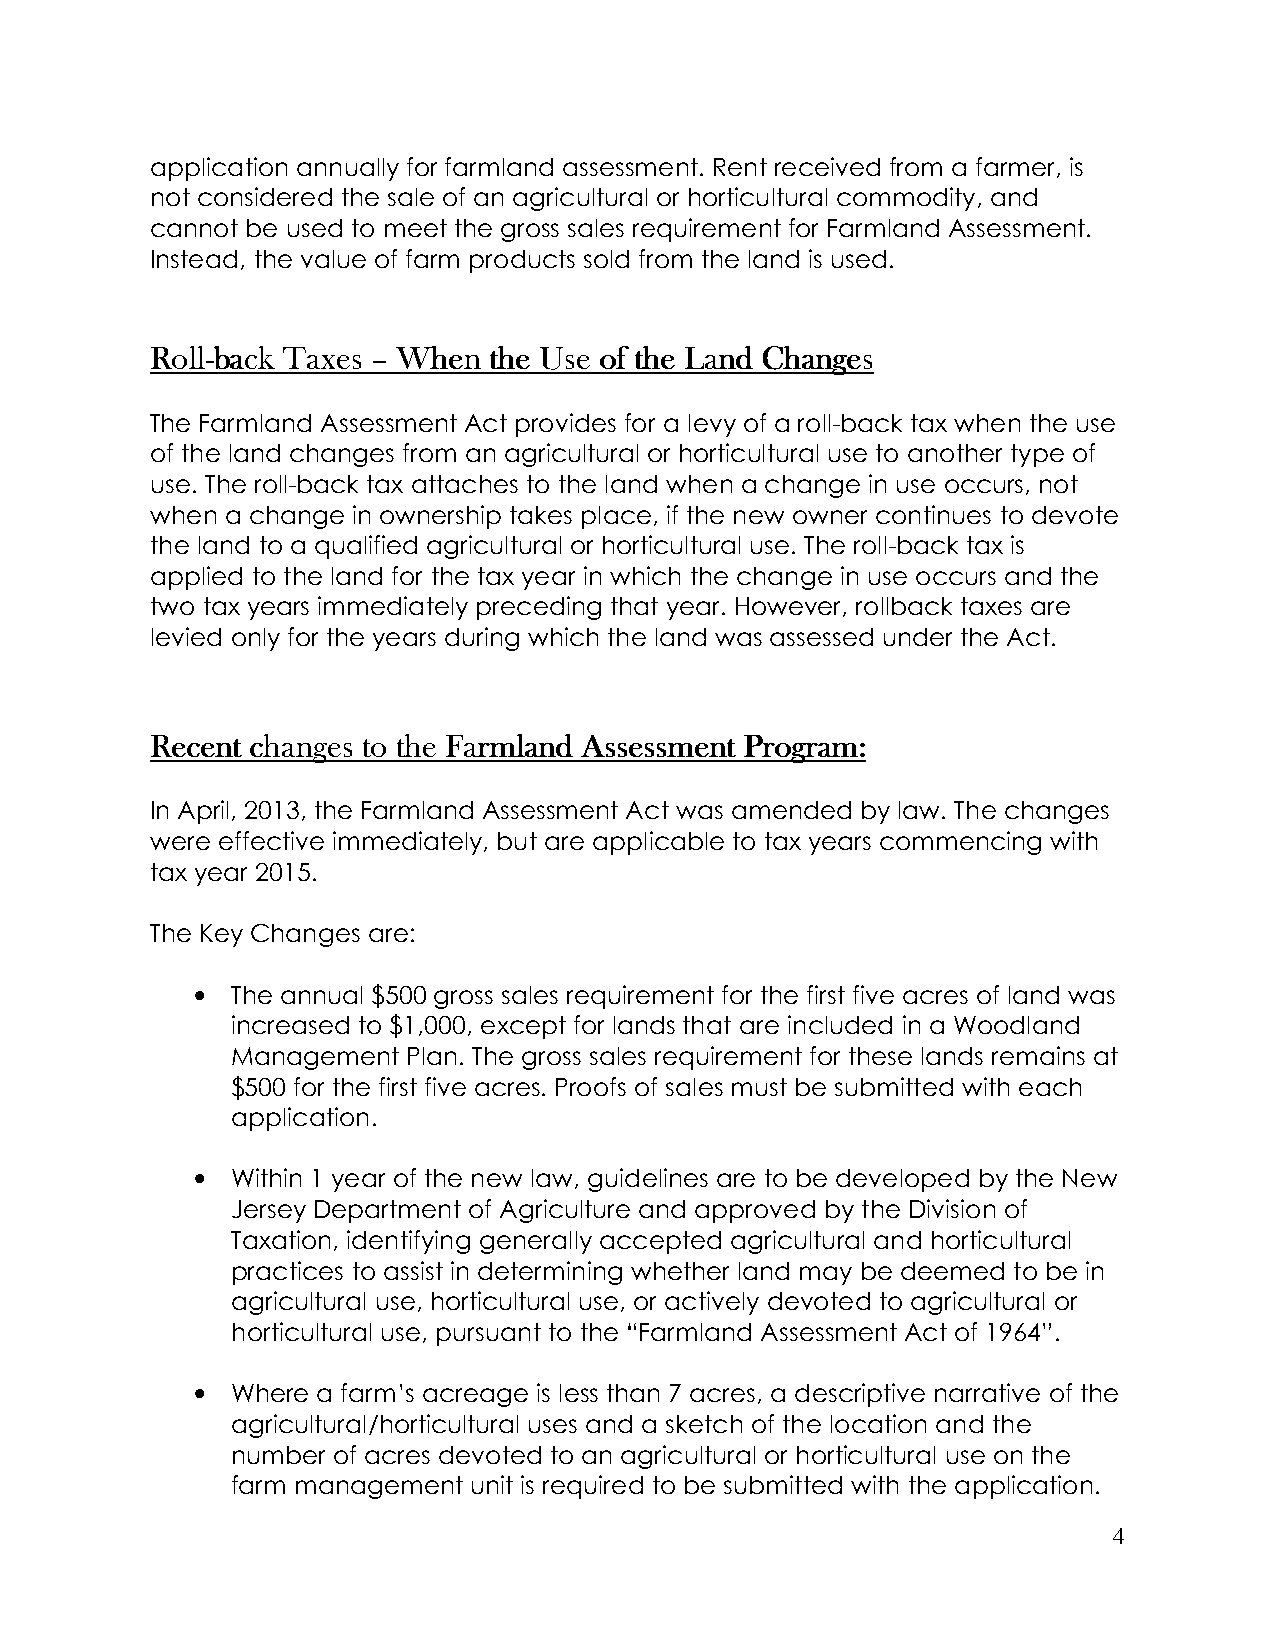
application annually for farmland assessment. Rent received from a farmer, is
 not considered the sale of an agricultural or horticultural commodity, and
 cannot be used to meet the gross sales requirement for Farmland Assessment.
 Instead, the value of farm products sold from the land is used.
 RRRRoooollllllll----bbbbaaaacccckkkk TTTTaaaaxxxxeeeessss –––– WWWWhhhheeeennnn tttthhhheeee UUUUsssseeee ooooffff tttthhhheeee LLLLaaaannnndddd CCCChhhhaaaannnnggggeeeessss
 The Farmland Assessment Act provides for a levy of a roll-back tax when the use
 of the land changes from an agricultural or horticultural use to another type of
 use. The roll-back tax attaches to the land when a change in use occurs, not
 when a change in ownership takes place, if the new owner continues to devote
 the land to a qualified agricultural or horticultural use. The roll-back tax is
 applied to the land for the tax year in which the change in use occurs and the
 two tax years immediately preceding that year. However, rollback taxes are
 levied only for the years during which the land was assessed under the Act.
 RRRReeeecccceeeennnntttt cccchhhhaaaannnnggggeeeessss ttttoooo tttthhhheeee FFFFaaaarrrrmmmmllllaaaannnndddd AAAAsssssssseeeessssssssmmmmeeeennnntttt PPPPrrrrooooggggrrrraaaammmm::::
 In April, 2013, the Farmland Assessment Act was amended by law. The changes
 were effective immediately, but are applicable to tax years commencing with
 tax year 2015.
 The Key Changes are:
 • The annual $500 gross sales requirement for the first five acres of land was
 increased to $1,000, except for lands that are included in a Woodland
 Management  Plan. The gross sales requirement for these lands remains at
 $500 for the first five acres. Proofs of sales must be submitted with each
 application.
 • Within 1 year of the new law, guidelines are to be developed by the New
 Jersey Department of Agriculture and approved by the Division of
 Taxation, identifying generally accepted agricultural and horticultural
 practices to assist in determining whether land may be deemed to be in
 agricultural use, horticultural use, or actively devoted to agricultural or
 horticultural use, pursuant to the “Farmland Assessment Act of 1964”.
 • Where a farm’s acreage is less than 7 acres, a descriptive narrative of the
 agricultural/horticultural uses and a sketch of the location and the
 number of acres devoted to an agricultural or horticultural use on the
 farm management unit is required to be submitted with the application.
 4